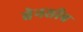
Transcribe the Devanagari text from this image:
बेनसीब